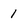
Character: 1